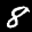
Label: 8